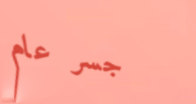
جسر عام